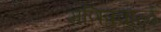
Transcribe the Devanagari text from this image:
मणिप्रवाळं